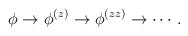
\begin{align*}\phi\rightarrow \phi^{(z)}\rightarrow \phi^{(zz)}\rightarrow \cdots\,.\end{align*}